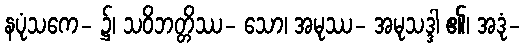
နပုံသကေ- ၌၊ သဝိဘတ္တိဿ- သော၊ အမုဿ- အမုသဒ္ဒါ ၏၊ အဒုံ-